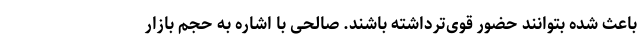
باعث شده بتوانند حضور قوی‌ترداشته باشند. صالحی با اشاره به حجم بازار